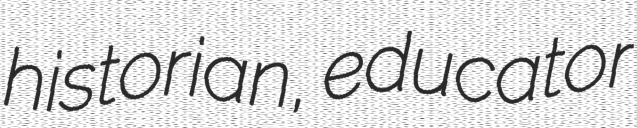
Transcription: historian, educator